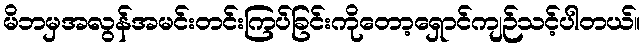
မိဘမှအလွန်အမင်းတင်းကြပ်ခြင်းကိုတော့ရှောင်ကျဉ်သင့်ပါတယ်။